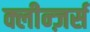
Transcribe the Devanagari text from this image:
क्लीन्ज़र्स